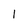
Character: 1